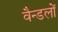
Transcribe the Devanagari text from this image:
वैन्डलों